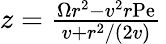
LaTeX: \begin{array}{r}{z=\frac{\Omega r^{2}-v^{2}r\mathrm{Pe}}{v+r^{2}/(2v)}\, }\end{array}